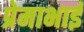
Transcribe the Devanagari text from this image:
प्रेमाभाई